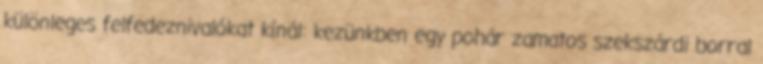
különleges felfedeznivalókat kínál: kezünkben egy pohár zamatos szekszárdi borral